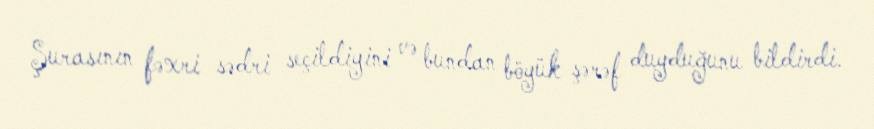
Şurasının fəxri sədri seçildiyini və bundan böyük şərəf duyduğunu bildirdi.